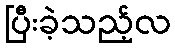
ပြီးခဲ့သည့်လ